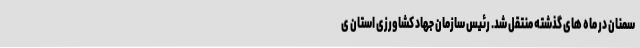
سمنان در ماه های گذشته منتقل شد. رئیس سازمان جهاد کشاورزی استان ی